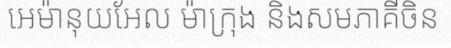
អេម៉ានុយអែល ម៉ាក្រុង និងសមភាគីចិន